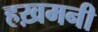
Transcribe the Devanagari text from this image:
हख़मनी